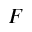
F